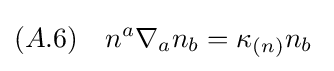
(A.6)\quad n^{a}\nabla _{a}n_{b}=\kappa _{(n)}n_{b}\;